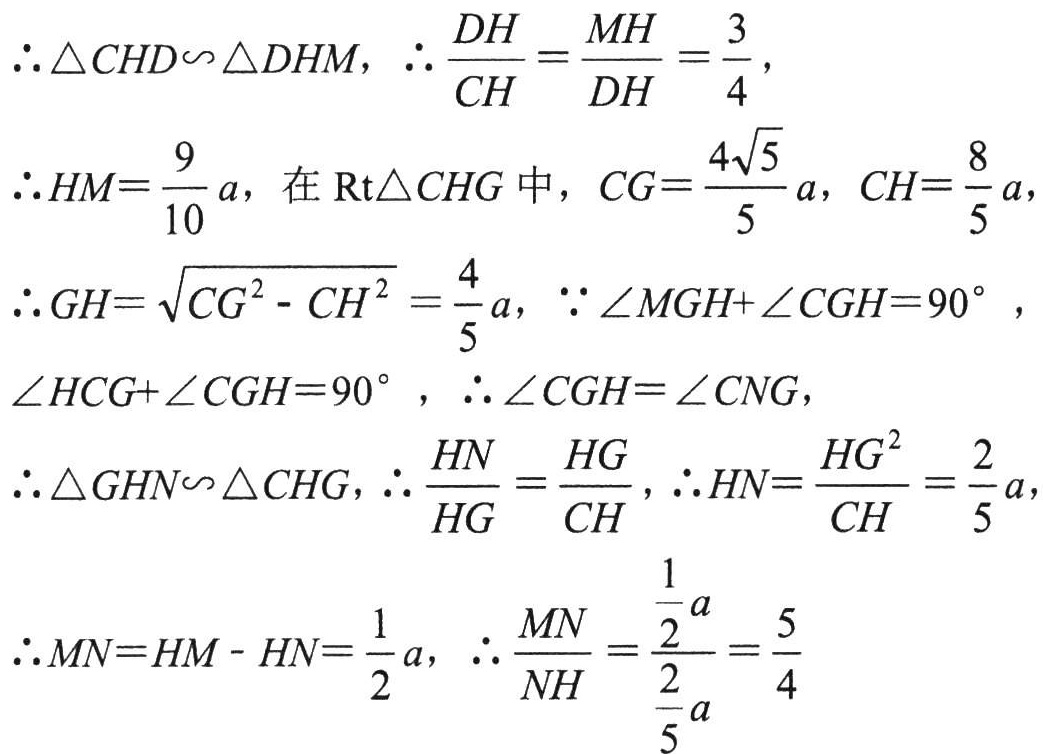
\(\therefore \triangle CHD\sim \triangle DHM, \therefore \frac{DH}{CH}=\frac{MH}{DH}=\frac{3}{4},\)

\(\therefore HM = \frac{9}{10}a,\)在\(Rt\triangle CHG\)中，\(CG = \frac{4\sqrt{5}}{5}a, CH = \frac{8}{5}a,\)

\(\therefore GH=\sqrt{CG^{2}-CH^{2}}=\frac{4}{5}a, \because \angle MGH + \angle CGH = 90^{\circ},\)

\(\angle HCG+\angle CGH = 90^{\circ}, \therefore \angle CGH=\angle CNG,\)

\(\therefore \triangle GHN\sim \triangle CHG, \therefore \frac{HN}{HG}=\frac{HG}{CH}, \therefore HN=\frac{HG^{2}}{CH}=\frac{2}{5}a,\)

\(\therefore MN = HM - HN=\frac{1}{2}a, \therefore \frac{MN}{NH}=\frac{\frac{1}{2}a}{\frac{2}{5}a}=\frac{5}{4}\)